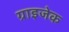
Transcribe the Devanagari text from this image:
ग्राइजेक